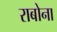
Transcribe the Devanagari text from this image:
राबोना